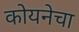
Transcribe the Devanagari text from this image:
कोयनेचा